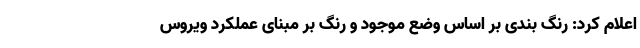
اعلام کرد: رنگ بندی بر اساس وضع موجود و رنگ بر مبنای عملکرد ویروس